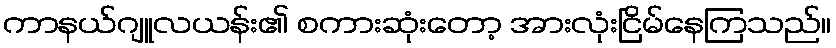
ကာနယ်ဂျူလယန်း၏ စကားဆုံးတော့ အားလုံးငြိမ်နေကြသည်။